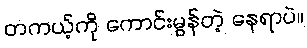
တကယ့်ကို ကောင်းမွန်တဲ့ နေရာပဲ။